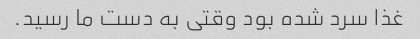
غذا سرد شده بود وقتی به دست ما رسید.